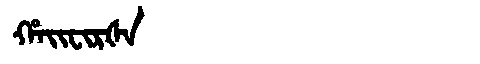
Manchu: ᡥᠠᡳᠸᡳᡵᡧᠠ
Romanization: HAIFIRŠA